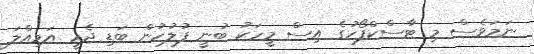
ނަމަވެސް މި ޓާސްކްފޯހުގެ އިސް މީހަކު ބުނީ ފުލުހުން ބަޑި ޖެހީ އަމިއްލަ